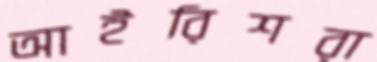
আইরিশরা